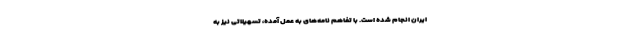
ایران انجام شده است. با تفاهم نامه‌های به عمل آمده، تسهیلاتی نیز به